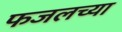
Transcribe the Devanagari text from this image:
फजलच्या